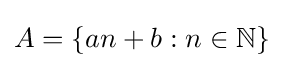
A=\{an+b:n\in \mathbb {N} \}